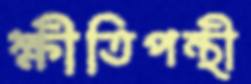
ক্ষীতিপন্থী